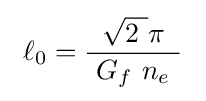
\ \ell _{0}={\frac {{\sqrt {2\ }}\pi }{\ G_{f}\ n_{e}\ }}\